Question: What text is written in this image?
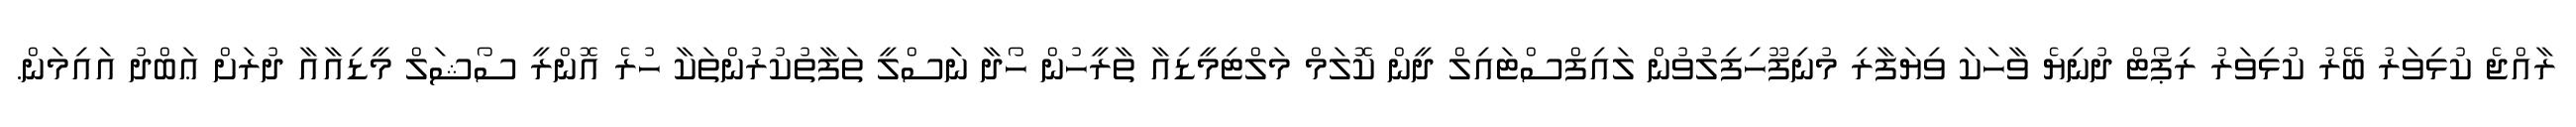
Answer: ރާއްޖެ ކުޅިވަރު ބޭރު ކުޅިވަރު ރިޕޯޓް ދުނިޔެ ވާހަކަ ވިޔަފާރި މުނިފޫހިފިލުވުން ލައިފްސްޓައިލް ދީން ކޮލަމް މަލްޓިމީޑިއާ ތާރީހުން ހޯދާ ނަސްލީ ތަފާތުކުރުންތަކާ ހުރެ އޮންރީ ސޯޝަލް މީޑިއާއާ ދުރަށް ޢަބްދު އައިމަން.